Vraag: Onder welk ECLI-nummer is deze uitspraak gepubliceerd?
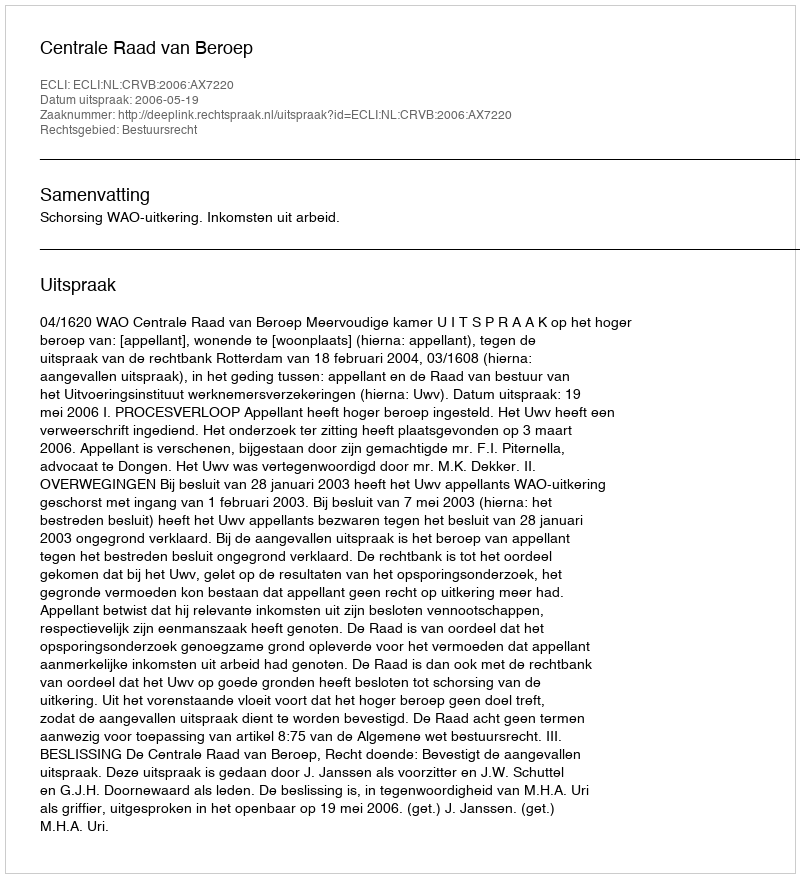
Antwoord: ECLI:NL:CRVB:2006:AX7220